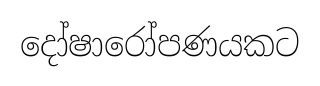
දෝෂාරෝපණයකට